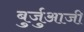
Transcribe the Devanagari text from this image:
बुर्जुआजी